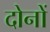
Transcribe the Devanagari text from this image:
दोनों